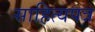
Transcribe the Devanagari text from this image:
साहित्यपत्र